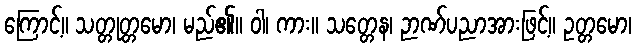
ကြောင့်။ သတ္တုတ္တမော၊ မည်၏။ ဝါ၊ ကား။ သတ္တေန၊ ဉာဏ်ပညာအားဖြင့်။ ဥတ္တမော၊